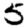
Digit: 5